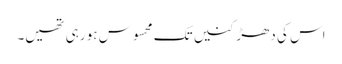
اس کی دھڑکنیں تک محسوس ہو رہی تھیں۔